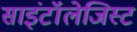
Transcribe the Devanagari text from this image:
साइंटॉलेजिस्ट